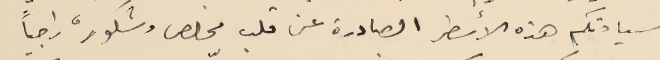
سيادتكم هذه الأسطر الصادرة عن قلب مخلص وشكور، راجياً